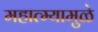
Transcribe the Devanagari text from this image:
महात्म्यामुळे